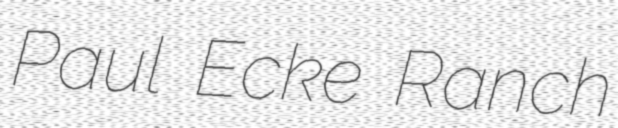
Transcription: Paul Ecke Ranch